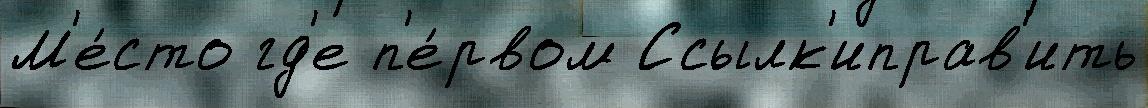
М'е́сто гд'е п'е́рвом Ссылк'иправ'ить